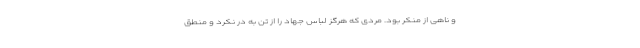
و ناهی از منکر بود. مردی که هرگز لباس جهاد را از تن به در نکرد و منطق